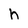
Character: h